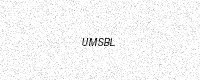
Text: UMSBL